Calcutta medical institutions reports 1879-81 [i.e.91]
Year: 1879
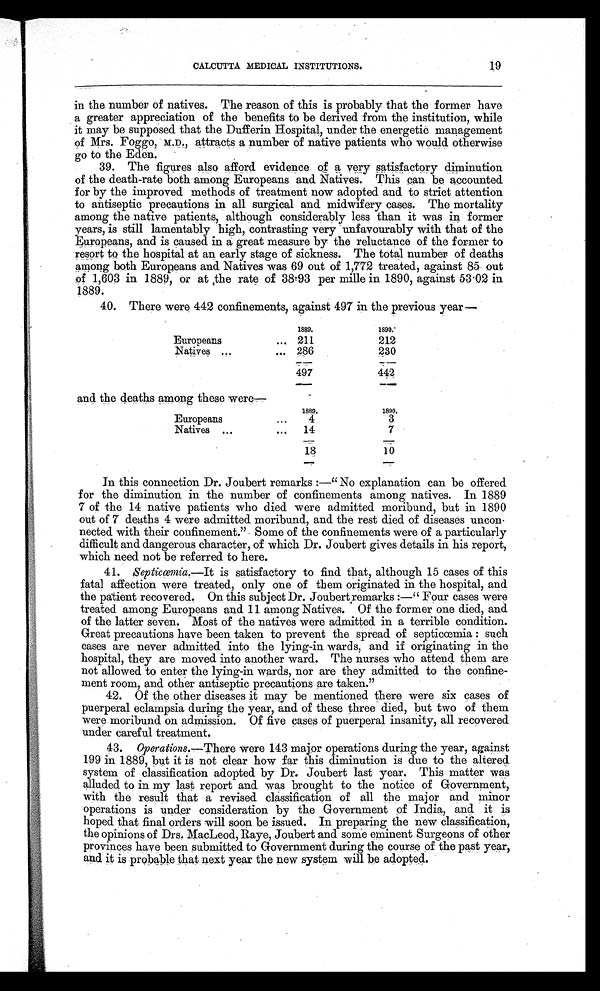
19
CALCUTTA MEDICAL INSTITUTIONS.
in the number of natives. The reason of this is probably that the former have
a greater appreciation of the benefits to be derived from the institution, while
it may be supposed that the Dufferin Hospital, under the energetic management
of Mrs. Foggo, M.D., attracts a number of native patients who would otherwise
go to the Eden.
39. The figures also afford evidence of a very satisfactory diminution
of the death-rate both among Europeans and Natives. This can be accounted
for by the improved methods of treatment now adopted and to strict attention
to antiseptic precautions in all surgical and midwifery cases. The mortality
among the native patients, although considerably less than it was in former
years, is still lamentably high, contrasting very unfavourably with that of the
Europeans, and is caused in a great measure by the reluctance of the former to
resort to the hospital at an early stage of sickness. The total number of deaths
among both Europeans and Natives was 69 out of 1,772 treated, against 85 out
of 1,603 in 1889, or at the rate of 38.93 per mille in 1890, against 53.02 in
1889.
40. There were 442 confinements, against 497 in the previous year—
1889.
1890.
Europeans
... 211
212
Natives ...
... 286
230
497
442
and the deaths among these were—
1889.
1890.
Europeans
. . .
4
3
Natives ...
...
14
7
18
10
In this connection Dr. Joubert remarks :—" No explanation can be offered
for the diminution in the number of confinements among natives. In 1889
7 of the 14 native patients who died were admitted moribund, but in 1890
out of 7 deaths 4 were admitted moribund, and the rest died of diseases uncon-
nected with their confinement." Some of the confinements were of a particularly
difficult and dangerous character, of which Dr. Joubert gives details in his report,
which need not be referred to here.
41. Septicœmia.—It is satisfactory to find that, although 15 cases of this
fatal affection were treated, only one of them originated in the hospital, and
the patient recovered. On this subject Dr. Joubert remarks :—" Four cases were
treated among Europeans and 11 among Natives. Of the former one died, and
of the latter seven. Most of the natives were admitted in a terrible condition.
Great precautions have been taken to prevent the spread of septicœmia : such
cases are never admitted into the lying-in wards, and if originating in the
hospital, they are moved into another ward. The nurses who attend them are
not allowed to enter the lying-in wards, nor are they admitted to the confine-
ment room, and other antiseptic precautions are taken."
42. Of the other diseases it may be mentioned there were six cases of
puerperal eclampsia during the year, and of these three died, but two of them
were moribund on admission. Of five cases of puerperal insanity, all recovered
under careful treatment.
43. Operations.—There were 143 major operations during the year, against
199 in 1889, but it is not clear how far this diminution is due to the altered
system of classification adopted by Dr. Joubert last year. This matter was
alluded to in my last report and was brought to the notice of Government,
with the result that a revised classification of all the major and minor
operations is under consideration by the Government of India, and it is
hoped that final orders will soon be issued. In preparing the new classification,
the opinions of Drs. MacLeod, Raye, Joubert and some eminent Surgeons of other
provinces have been submitted to Government during the course of the past year,
and it is probable that next year the new system will be adopted.